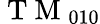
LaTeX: \mathrm{~T~M~}_{010}